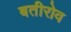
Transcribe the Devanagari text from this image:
बतीरोव